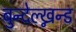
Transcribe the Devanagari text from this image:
बुन्देल्ख्नन्ड